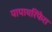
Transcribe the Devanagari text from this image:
पापायरिफेरा